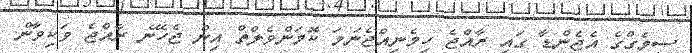
ސީމެގްގެ އެޖެންޑާ ގައި ރާއްޖެ ހިމެނިއްޖެނަމަ ކޮމަންވެލްތް އިން ޖެހޭނެ ރާއްޖެ ވަކިވާން.